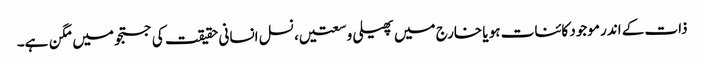
ذات کے اندر موجود کائنات ہو یا خارج میں پھیلی وسعتیں، نسل انسانی حقیقت کی جستجو میں مگن ہے۔